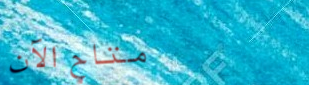
متاح الآن